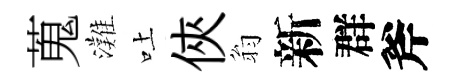
蒐灘吐俠翁新群斧